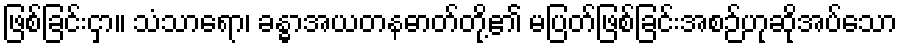
ဖြစ်ခြင်းငှာ။ သံသာရော၊ ခန္ဓာအယတနဓာတ်တို့၏ မပြတ်ဖြစ်ခြင်းအစဉ်ဟုဆိုအပ်သော